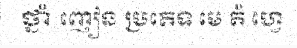
ថ្នាំ ញៀន ប្រភេទ មេ តំ ហ្វេ